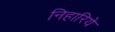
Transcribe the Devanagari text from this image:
निहारिये